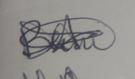
Signature authenticity: genuine